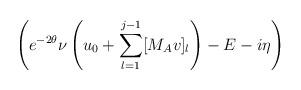
LaTeX: \begin{align*} \left(e^{ - 2 \theta} \nu \left( u_0 + \sum_{l=1}^{j-1} [M_A v]_l \right) - E - i \eta \right)\end{align*}